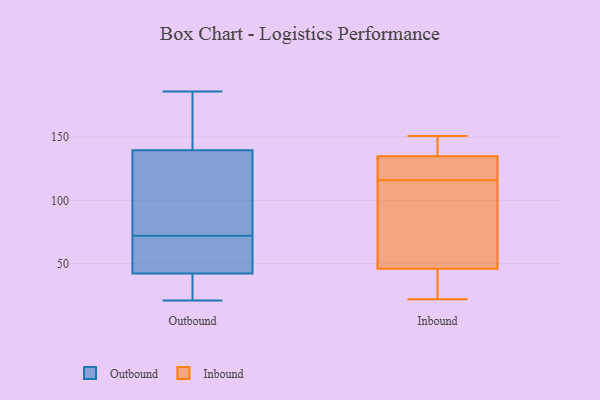
{"axis": {"x": "Temperature (°C)", "y": "Value"}, "legend": ["Inbound", "Outbound"], "data": [{"x": "", "y": 42, "type": "Outbound"}, {"x": "", "y": 72, "type": "Outbound"}, {"x": "", "y": 66, "type": "Outbound"}, {"x": "", "y": 100, "type": "Outbound"}, {"x": "", "y": 21, "type": "Outbound"}, {"x": "", "y": 42, "type": "Outbound"}, {"x": "", "y": 81, "type": "Outbound"}, {"x": "", "y": 186, "type": "Outbound"}, {"x": "", "y": 163, "type": "Outbound"}, {"x": "", "y": 43, "type": "Outbound"}, {"x": "", "y": 153, "type": "Outbound"}, {"x": "", "y": 151, "type": "Inbound"}, {"x": "", "y": 103, "type": "Inbound"}, {"x": "", "y": 46, "type": "Inbound"}, {"x": "", "y": 134, "type": "Inbound"}, {"x": "", "y": 121, "type": "Inbound"}, {"x": "", "y": 22, "type": "Inbound"}, {"x": "", "y": 111, "type": "Inbound"}, {"x": "", "y": 27, "type": "Inbound"}, {"x": "", "y": 140, "type": "Inbound"}, {"x": "", "y": 135, "type": "Inbound"}]}